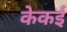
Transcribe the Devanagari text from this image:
केकई